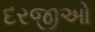
દરજીઓ